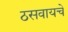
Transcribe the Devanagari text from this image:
ठसवायचे